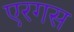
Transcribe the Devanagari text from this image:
एरगस